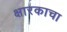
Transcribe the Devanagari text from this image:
क्षारकाचा